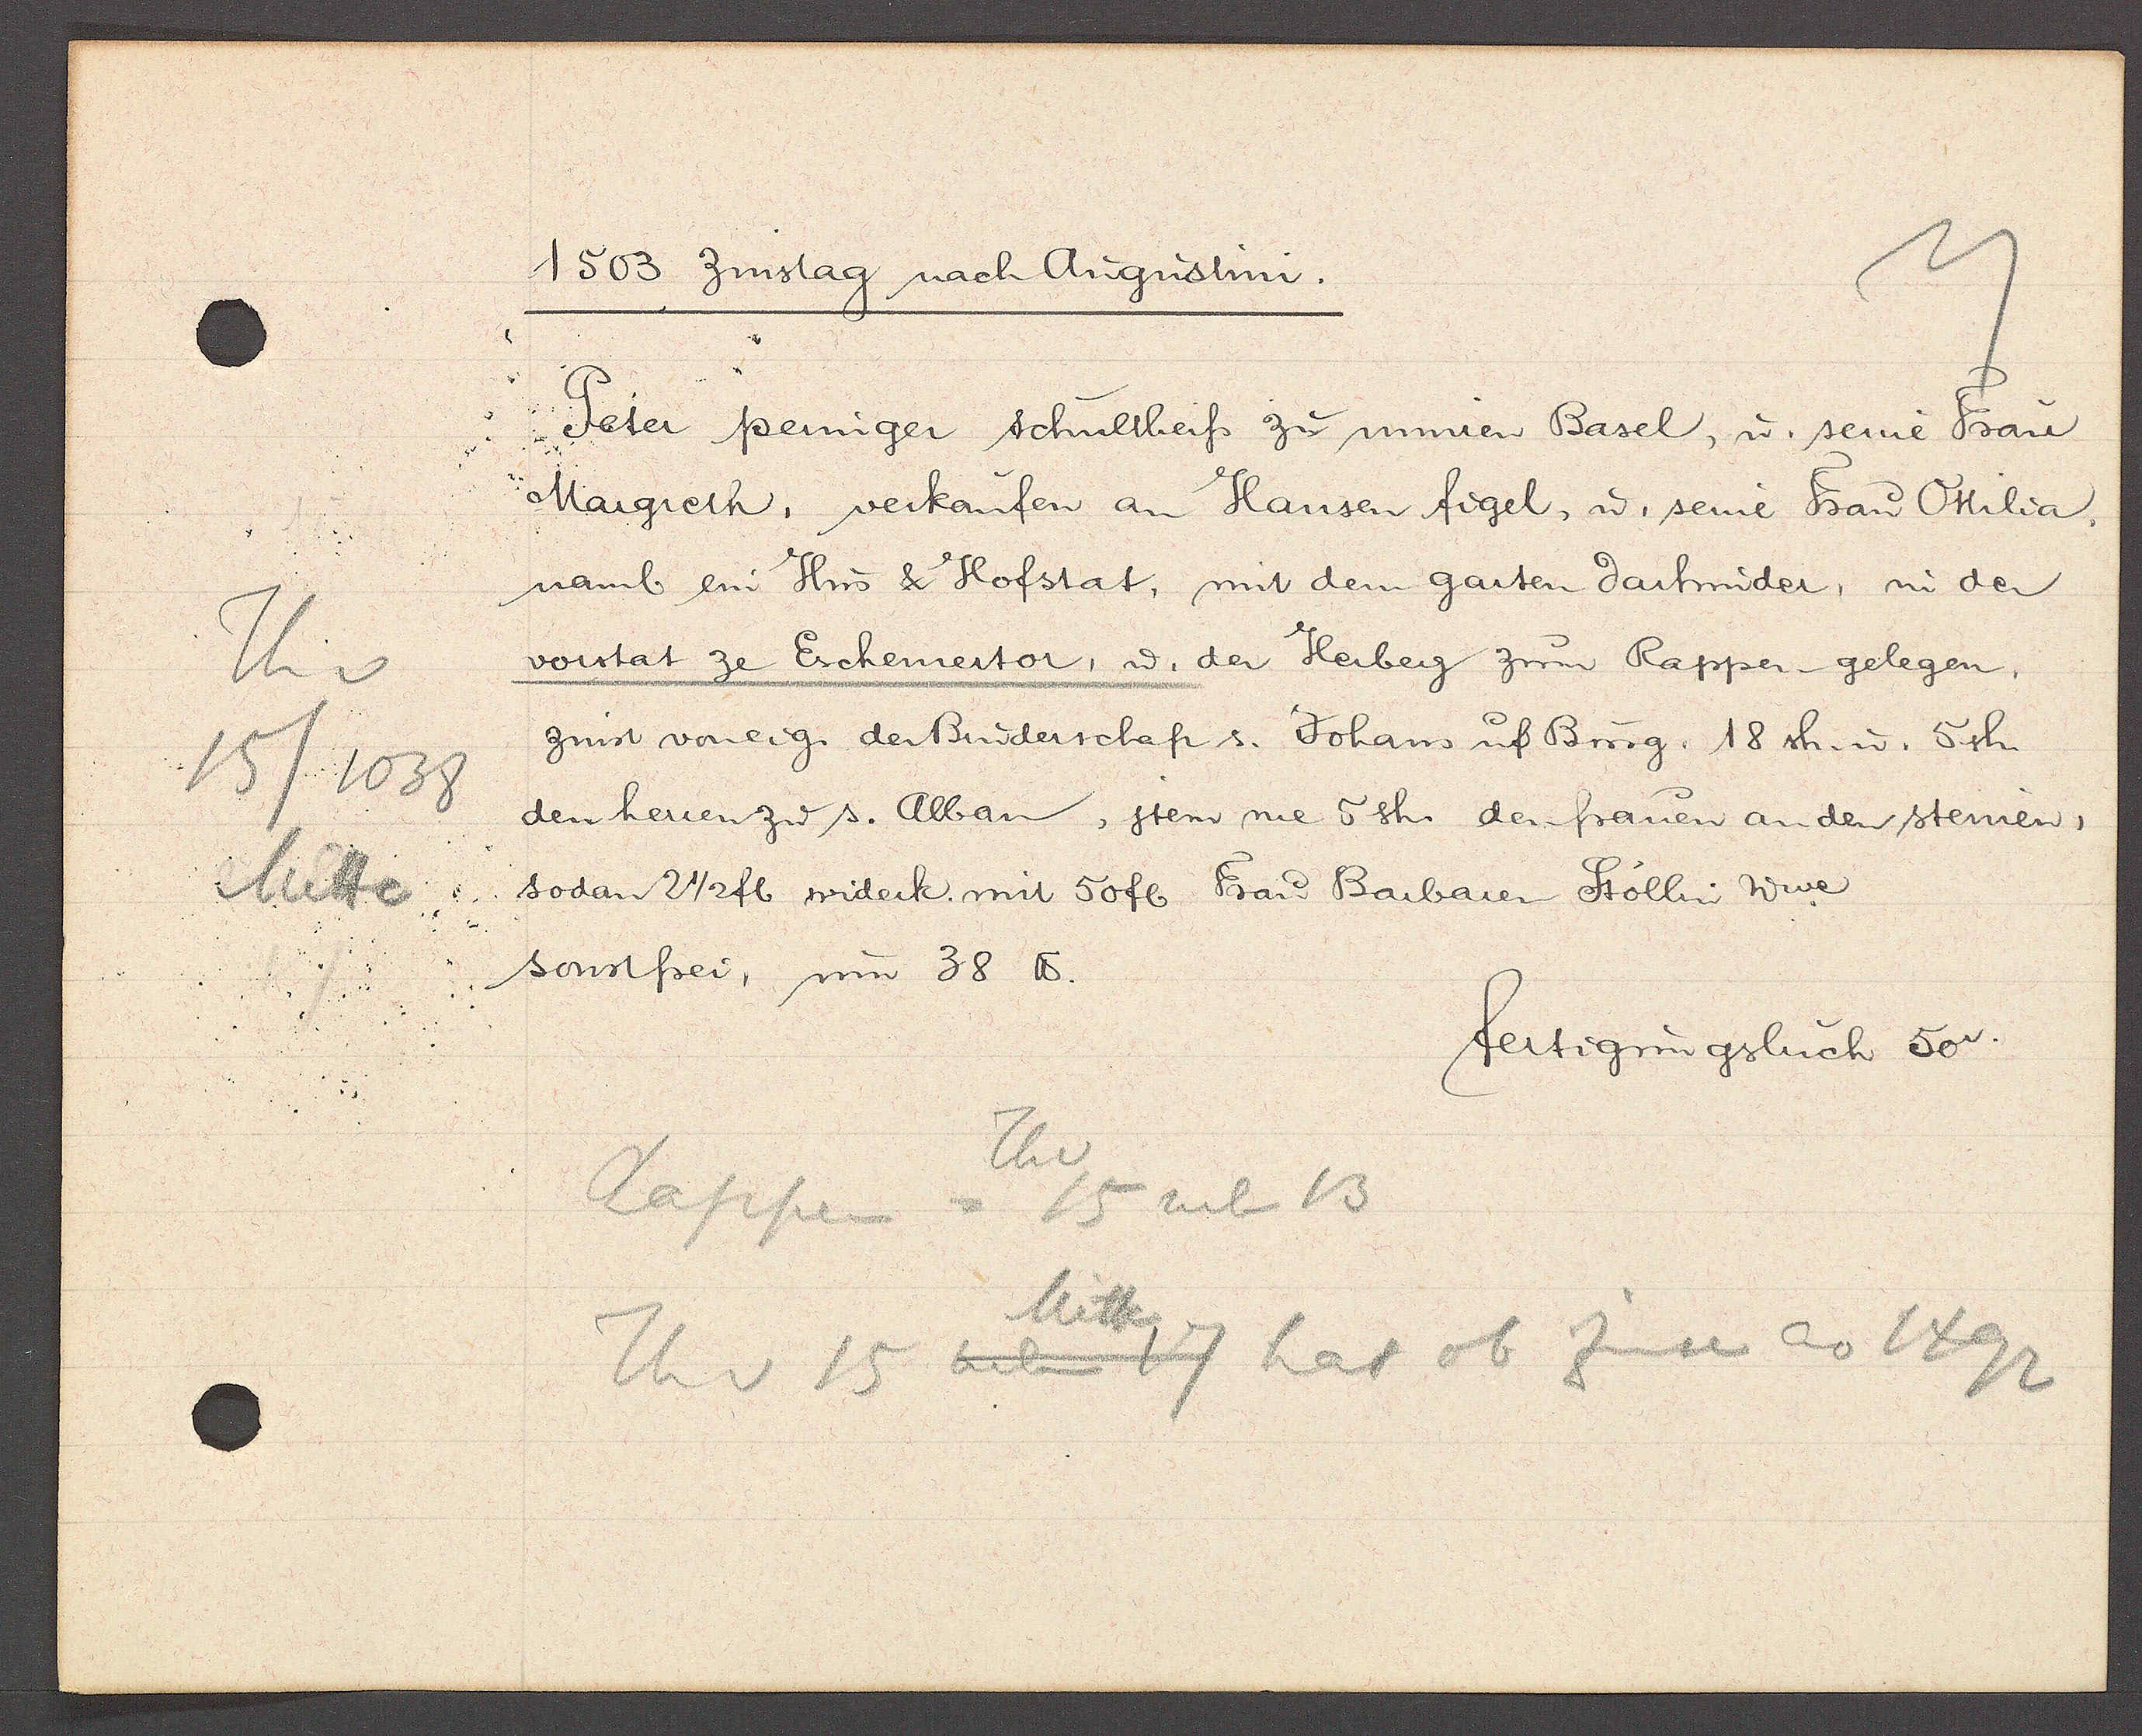
Transcript:
Th v
15/1038
Mitte

1503 Zinstag nach Augustini.

Peter pemiger Schultheiss zu minren Basel, u. seine Frau
Margreth, verkaufen an Hansen figel, u. seine Frau Ottilia,
namb ein Hus & Hofstat, mit dem garten darhnider, in der
vorstat ze Eichemertor, u der Herberg zum Rappen gelegen,
zinst voneig. der Binderschaft s. Johans uf Burg. 18 sh. u. 5sh.
den herren zw s. Alban, jtem me 5sh. den frauen an den steinen,
sodan 2 1/2 fl widerk mit 50 fl. Frau Barbaren Stöllin Wwe
sonstfrei, um 38 ℔.

fertigungsbuch 50v.

Thv
Rappen
= 15 neb 13
Mitte
7 hat ob Zinse ao 1492
Th v 15 neben